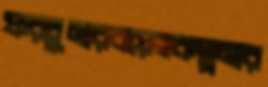
ফরচুনারবয়েছকল্পনার